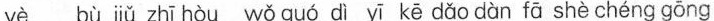
γe bù jū zhǐ hèu wǒguó īī kě & dàn fā shè chéng qǒng